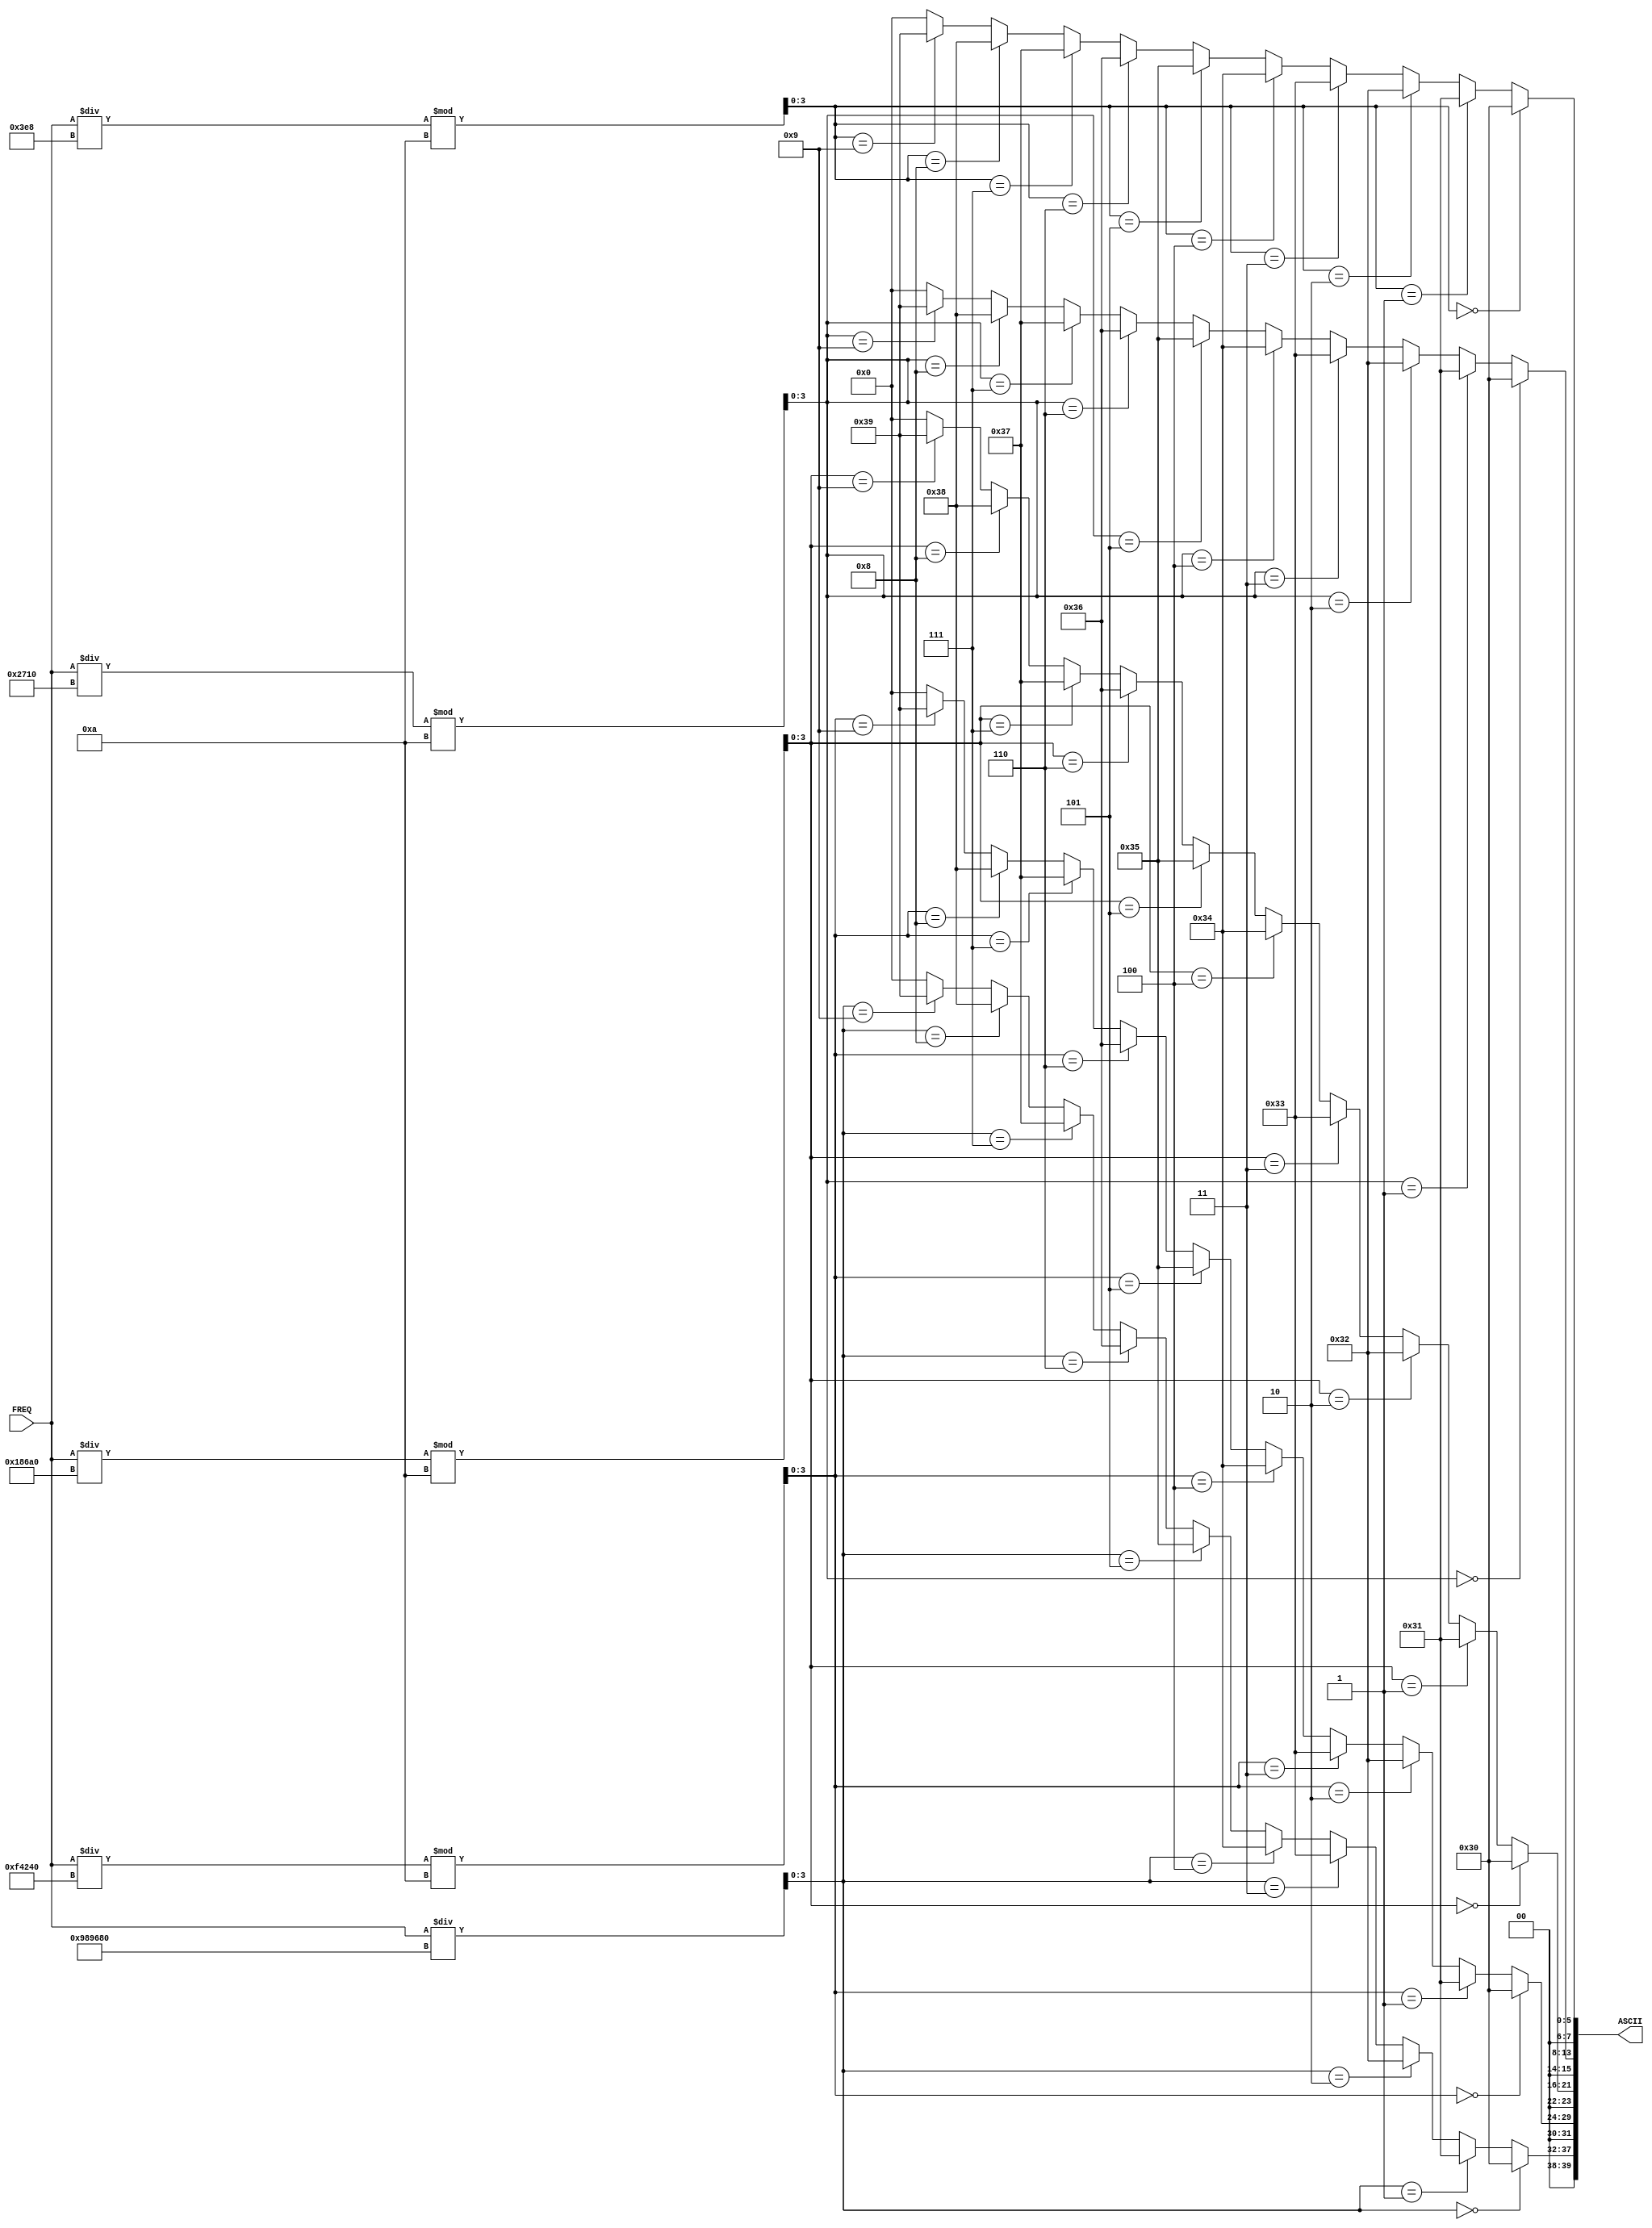
`timescale 1ns / 1ps

module freq_to_ascii(
    input [31:0] FREQ,
    output [39:0] ASCII
    );
    
    wire [19:0] BCD;
    
    assign BCD[3:0] = (FREQ/1000) % 10;
    assign BCD[7:4] = (FREQ/10000) % 10;
    assign BCD[11:8] = (FREQ/100000) % 10;
    assign BCD[15:12] = (FREQ/1000000) % 10;
    assign BCD[19:16] = (FREQ/10000000);
    
    assign ASCII[7:0] = (BCD[3:0] == 4'b0000) ? 8'h30 :
                        (BCD[3:0] == 4'b0001) ? 8'h31 :
                        (BCD[3:0] == 4'b0010) ? 8'h32 :
                        (BCD[3:0] == 4'b0011) ? 8'h33 :
                        (BCD[3:0] == 4'b0100) ? 8'h34 :
                        (BCD[3:0] == 4'b0101) ? 8'h35 :
                        (BCD[3:0] == 4'b0110) ? 8'h36 :
                        (BCD[3:0] == 4'b0111) ? 8'h37 :
                        (BCD[3:0] == 4'b1000) ? 8'h38 :
                        (BCD[3:0] == 4'b1001) ? 8'h39 : 8'h00;
    assign ASCII[15:8] = (BCD[7:4] == 4'b0000) ? 8'h30 :
                         (BCD[7:4] == 4'b0001) ? 8'h31 :
                         (BCD[7:4] == 4'b0010) ? 8'h32 :
                         (BCD[7:4] == 4'b0011) ? 8'h33 :
                         (BCD[7:4] == 4'b0100) ? 8'h34 :
                         (BCD[7:4] == 4'b0101) ? 8'h35 :
                         (BCD[7:4] == 4'b0110) ? 8'h36 :
                         (BCD[7:4] == 4'b0111) ? 8'h37 :
                         (BCD[7:4] == 4'b1000) ? 8'h38 :
                         (BCD[7:4] == 4'b1001) ? 8'h39 : 8'h00;
    assign ASCII[23:16] = (BCD[11:8] == 4'b0000) ? 8'h30 :
                          (BCD[11:8] == 4'b0001) ? 8'h31 :
                          (BCD[11:8] == 4'b0010) ? 8'h32 :
                          (BCD[11:8] == 4'b0011) ? 8'h33 :
                          (BCD[11:8] == 4'b0100) ? 8'h34 :
                          (BCD[11:8] == 4'b0101) ? 8'h35 :
                          (BCD[11:8] == 4'b0110) ? 8'h36 :
                          (BCD[11:8] == 4'b0111) ? 8'h37 :
                          (BCD[11:8] == 4'b1000) ? 8'h38 :
                          (BCD[11:8] == 4'b1001) ? 8'h39 : 8'h00;
    assign ASCII[31:24] = (BCD[15:12] == 4'b0000) ? 8'h30 :
                          (BCD[15:12] == 4'b0001) ? 8'h31 :
                          (BCD[15:12] == 4'b0010) ? 8'h32 :
                          (BCD[15:12] == 4'b0011) ? 8'h33 :
                          (BCD[15:12] == 4'b0100) ? 8'h34 :
                          (BCD[15:12] == 4'b0101) ? 8'h35 :
                          (BCD[15:12] == 4'b0110) ? 8'h36 :
                          (BCD[15:12] == 4'b0111) ? 8'h37 :
                          (BCD[15:12] == 4'b1000) ? 8'h38 :
                          (BCD[15:12] == 4'b1001) ? 8'h39 : 8'h00;
    assign ASCII[39:32] = (BCD[19:16] == 4'b0000) ? 8'h30 :
                          (BCD[19:16] == 4'b0001) ? 8'h31 :
                          (BCD[19:16] == 4'b0010) ? 8'h32 :
                          (BCD[19:16] == 4'b0011) ? 8'h33 :
                          (BCD[19:16] == 4'b0100) ? 8'h34 :
                          (BCD[19:16] == 4'b0101) ? 8'h35 :
                          (BCD[19:16] == 4'b0110) ? 8'h36 :
                          (BCD[19:16] == 4'b0111) ? 8'h37 :
                          (BCD[19:16] == 4'b1000) ? 8'h38 :
                          (BCD[19:16] == 4'b1001) ? 8'h39 : 8'h00;
endmodule